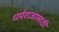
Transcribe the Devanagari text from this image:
धर्मराजासाठी